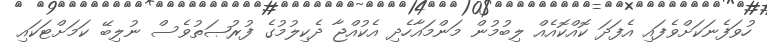
ހުވަފެނަކަށްވެފައި އެފަދަ ކޮއްކޮއެއް ލިބުމުން މަންމައާހެދި އެކުއްޖާ ދެކިލުމުގެ ފުރުޞަތުވެސް ނުލިބޭ ކަމަށްޓަކައި